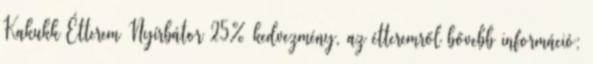
Kakukk Étterem Nyírbátor 25% kedvezmény, az étteremről bővebb információ: